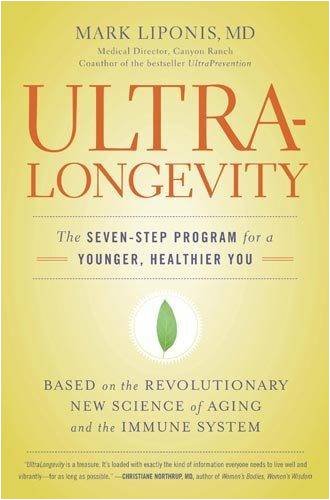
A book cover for UltraLongevity: The Seven-Step Program for a Younger, Healthier You; Mark Liponis; Health, Fitness & Dieting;